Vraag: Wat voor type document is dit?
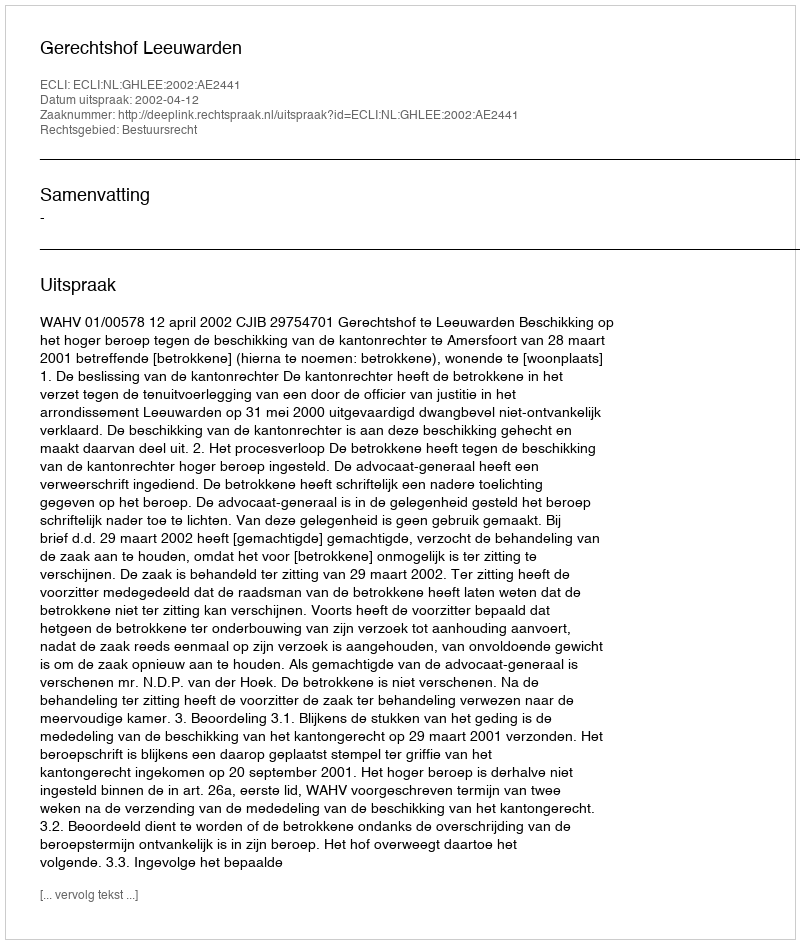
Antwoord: Uitspraak